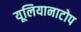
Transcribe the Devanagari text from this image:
यूलियानाटोप